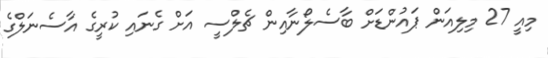
މިއީ 27 މިލިއަން ޕައުންޑަށް ބާސެލޯނާއިން ޗެލްސީ އަށް ގެނައި ކުރީގެ އާސެނަލްގެ